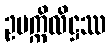
ဥပက္ကိလိဋ္ဌဿ